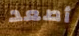
أصعد